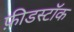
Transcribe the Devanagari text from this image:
फ़ीडस्टॉक